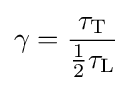
\gamma ={\frac {\tau _{\text{T}}}{{\frac {1}{2}}\tau _{\text{L}}}}